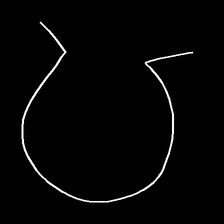
Glyph: weave